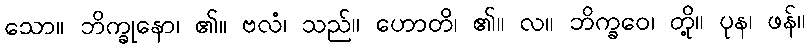
သော။ ဘိက္ခုနော၊ ၏။ ဗလံ၊ သည်။ ဟောတိ၊ ၏။ လ။ ဘိက္ခဝေ၊ တို့။ ပုန၊ ဖန်။